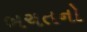
બચતનો